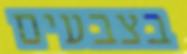
בצבעים